Annual report of the Punjab Veterinary College and of the Civil Veterinary Department, Punjab - 1909-1919
Year: 1909
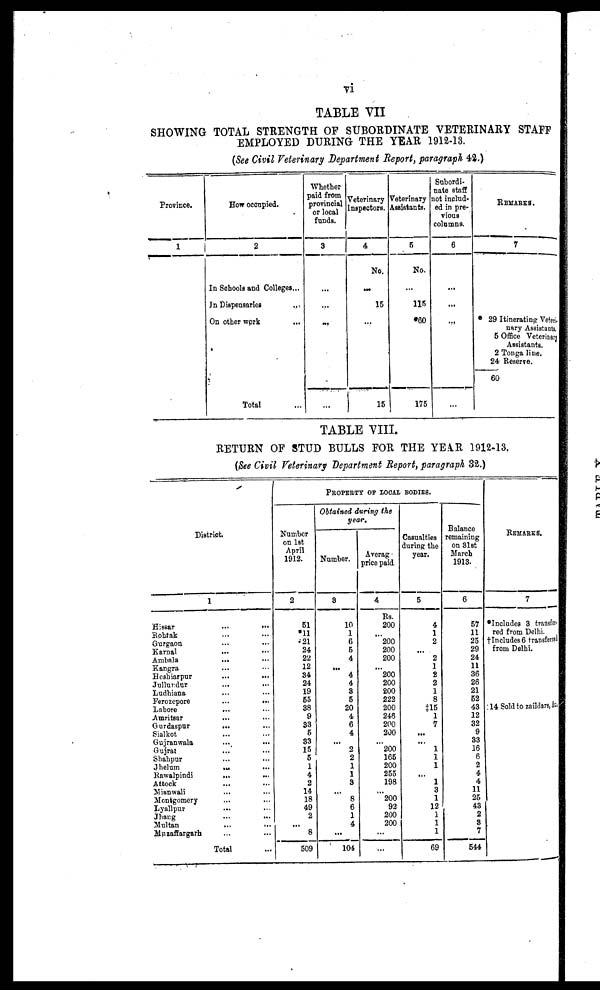
vi
TABLE VII
SHOWING TOTAL STRENGTH OF SUBORDINATE VETERINARY STAFF
EMPLOYED DURING THE YEAR 1912-13.
(See Civil Veterinary Department Report, paragraph 42.)
Province.
1
How occupied.
2
In Schools and Colleges...
In Dispensaries ...
On other work ...
Total ...
Whether
paid from
provincial
or local
funds.
3
...
...
...
...
Veterinary
Inspectors.
4
No.
...
15
...
15
Veterinary
Assistants.
5
No.
...
115
*60
175
Subordi-
nate staff
not includ-
ed in pre-
vious
columns.
6
...
...
...
...
REMARKS.
7
* 29 Itinerating Veteri-
nary Assistants,
5 Office Veterinary
Assistants.
2 Tonga line.
24 Reserve.
60
TABLE VIII.
RETURN OF STUD BULLS FOR THE YEAR 1912-13.
(See Civil Veterinary Department Report, paragraph 32.)
District.
1
Hissar
...
...
Rohtak ... ...
Gurgaon ... ...
Karnal
...
...
Ambala ... ...
Kangra ... ...
Hoshiarpur
...
...
Jullundur ... ..
Ludhiana ... ...
Ferozepore
...
...
Lahore
... ...
Amritsar
... ...
Gurdaspur
... ...
Sialkot ... ...
Gujranwala ... ...
Gujrat ... ...
Shahpur ... ...
Jhelum
...
...
Rawalpindi
... ...
Attock ... ...
Mianwali ... ...
Montgomery
Lyallpur ... ...
Jhang ... ...
Multan
...
...
Muzaffargarh ... ...
Total ...
PROPERTY OF LOCAL BODIES.
Number
on 1st
April
1912.
2
51
*11
21
24
22
12
34
24
19
55
38
9
33
5
33
15
5
1
4
2
14
18
49
2
...
8
509
Obtained during the
year.
Number.
3
10
1
6
5
4
...
4
4
8
5
20
4
6
4
...
2
2
1
1
3
...
8
6
1
4
...
104
Averag
price paid.
4
Rs.
200
...
200
200
200
...
200
200
200
222
200
246
200
200
...
200
165
200
255
198
...
200
92
200
200
...
...
Casualties
during the
year.
5
4
1
2
...
2
1
2
2
1
8
‡15
1
7
...
...
1
1
1
...
1
3
1
12
1
1
1
69
Balance
remaining
on 31st
March
1913.
6
57
11
25
29
24
11
36
26
21
52
43
12
32
9
33
16
6
2
4
4
11
25
43
2
8
7
544
REMARKS.
7
*Includes 3 transfer-
red from Delhi.
† Includes 6 transferred
from Delhi.
: 14 Sold to zaildares, &c,